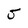
Character: 5